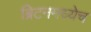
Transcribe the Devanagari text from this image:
ब्रिटनमध्येच